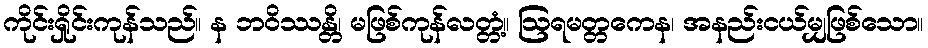
ကိုင်းရှိုင်းကုန်သည်။ န ဘဝိဿန္တိ၊ မဖြစ်ကုန်လတ္တံ့။ ဩရမတ္တကေန၊ အနည်းငယ်မျှဖြစ်သော။